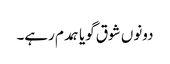
دونوں شوق گویا ہمدم رہے۔